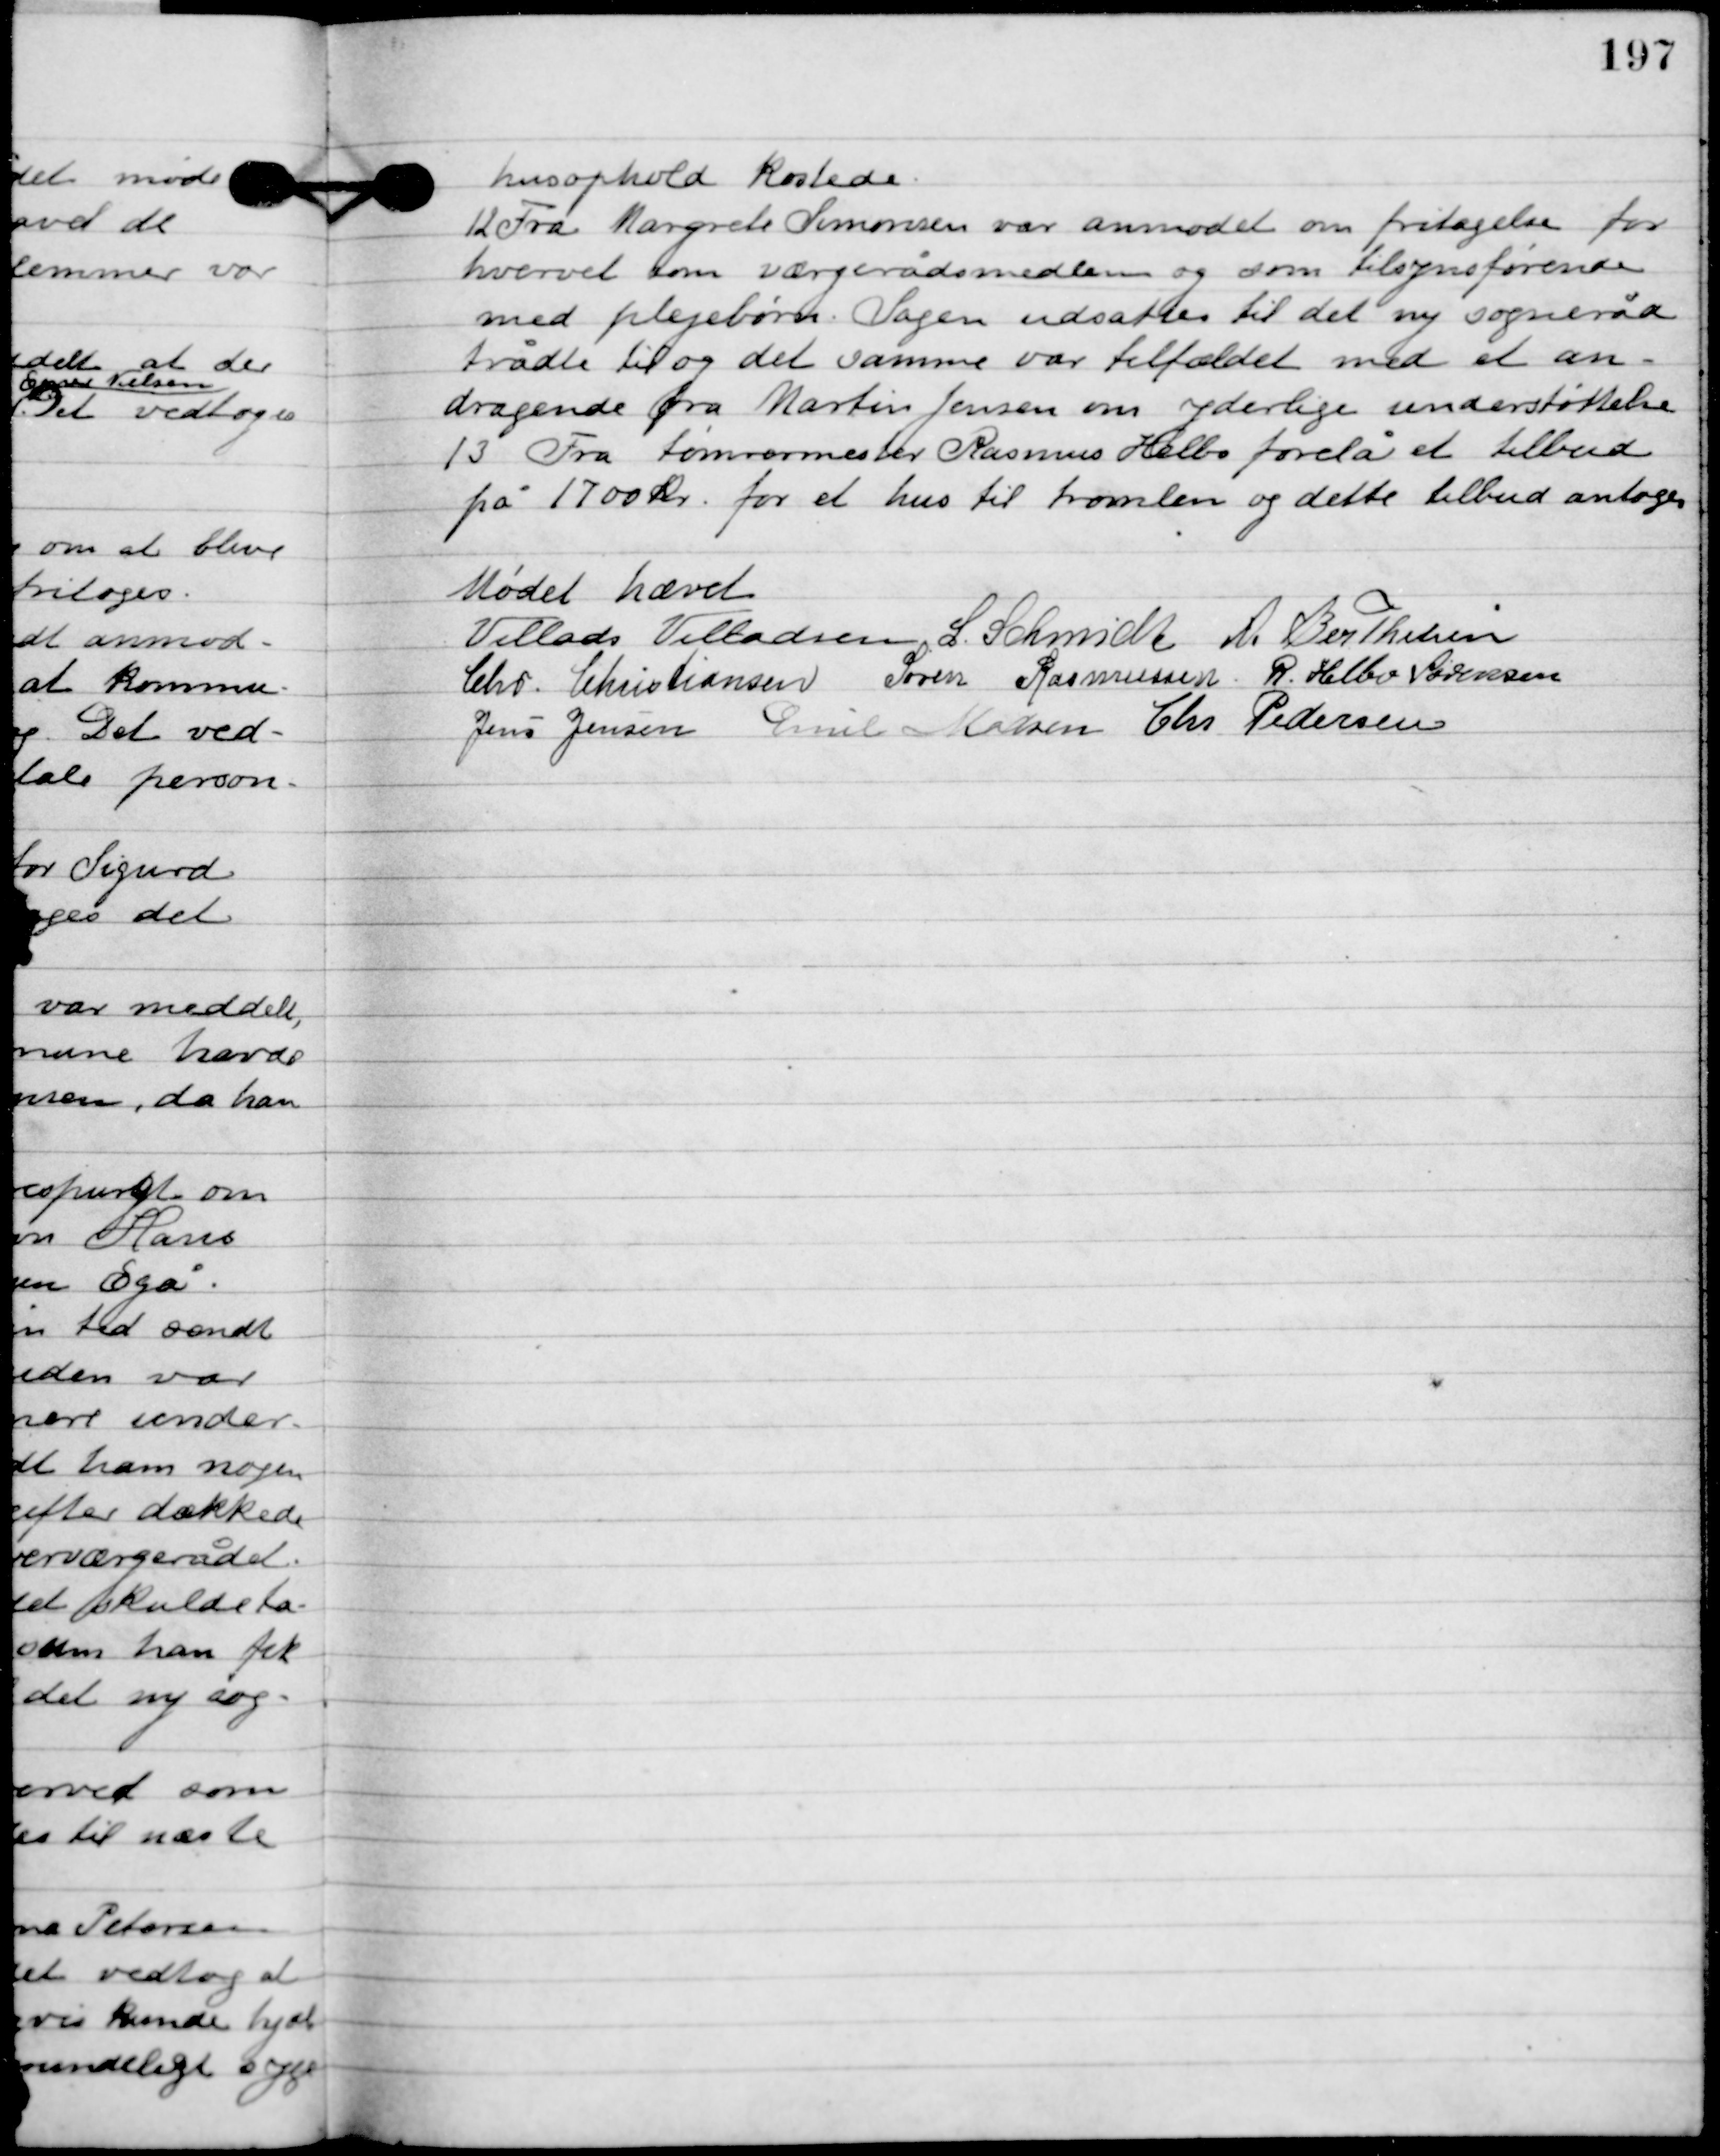
Transskription:
Husophold kostede.

12

Fra Margrete Simonsen var anmodet om fritagelse for
hvervet som værgerådsmedlem og som tilsynsførende
med plejebørn. Sagen udsattes til det nye sogneråd
trådte til og det samme var tilfældet med et an-
dragende fra Martin Jensen om yderlige understøttelse.

13

Fra tømrermester Rasmus Helbo forelå et tilbud
på 1700 kr. for et hus til tromlen og dette tilbud antoges.

Mødet hævet

Villads J. Villadsen
I. Schmidt
A. Berthelsen
Chr. Christiansen
Søren Rasmussen
R. Helbo Sørensen
Jens Jensen
Emil Madsen
Chr. Pedersen